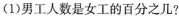
(1)男工人数是女工的百分之几?